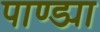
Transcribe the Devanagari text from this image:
पाण्ड्या